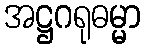
အဋ္ဌဂရုဓမ္မာ